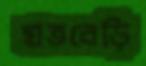
হাতবেড়ি